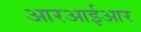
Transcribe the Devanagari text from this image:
आरआईआर